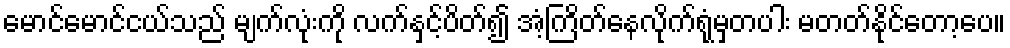
မောင်မောင်ငယ်သည် မျက်လုံးကို လက်နှင့်ပိတ်၍ အံ့ကြိတ်နေလိုက်ရုံမှတပါး မတတ်နိုင်တော့ပေ။